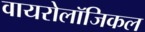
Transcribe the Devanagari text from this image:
वायरोलॉजिकल